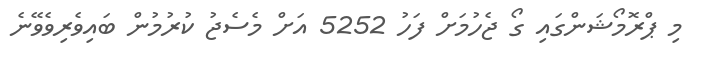
މި ޕްރޮމޯޝަންގައި ގޯ ޖެހުމަށް ފަހު 5252 އަށް މެސެޖު ކުރުމުން ބައިވެރިވެވޭނެ